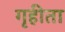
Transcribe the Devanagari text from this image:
गृहीता